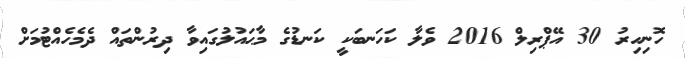
ހޮނިހިރު 30 އޭޕްރިލް 2016 ވެލާ ކަހަނބަކީ ކަނޑުގެ މާޙައުލުގައިވާ ދިރުންތައް ދެމެހެއްޓުމަށް